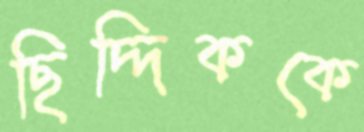
ছিদ্দিককে